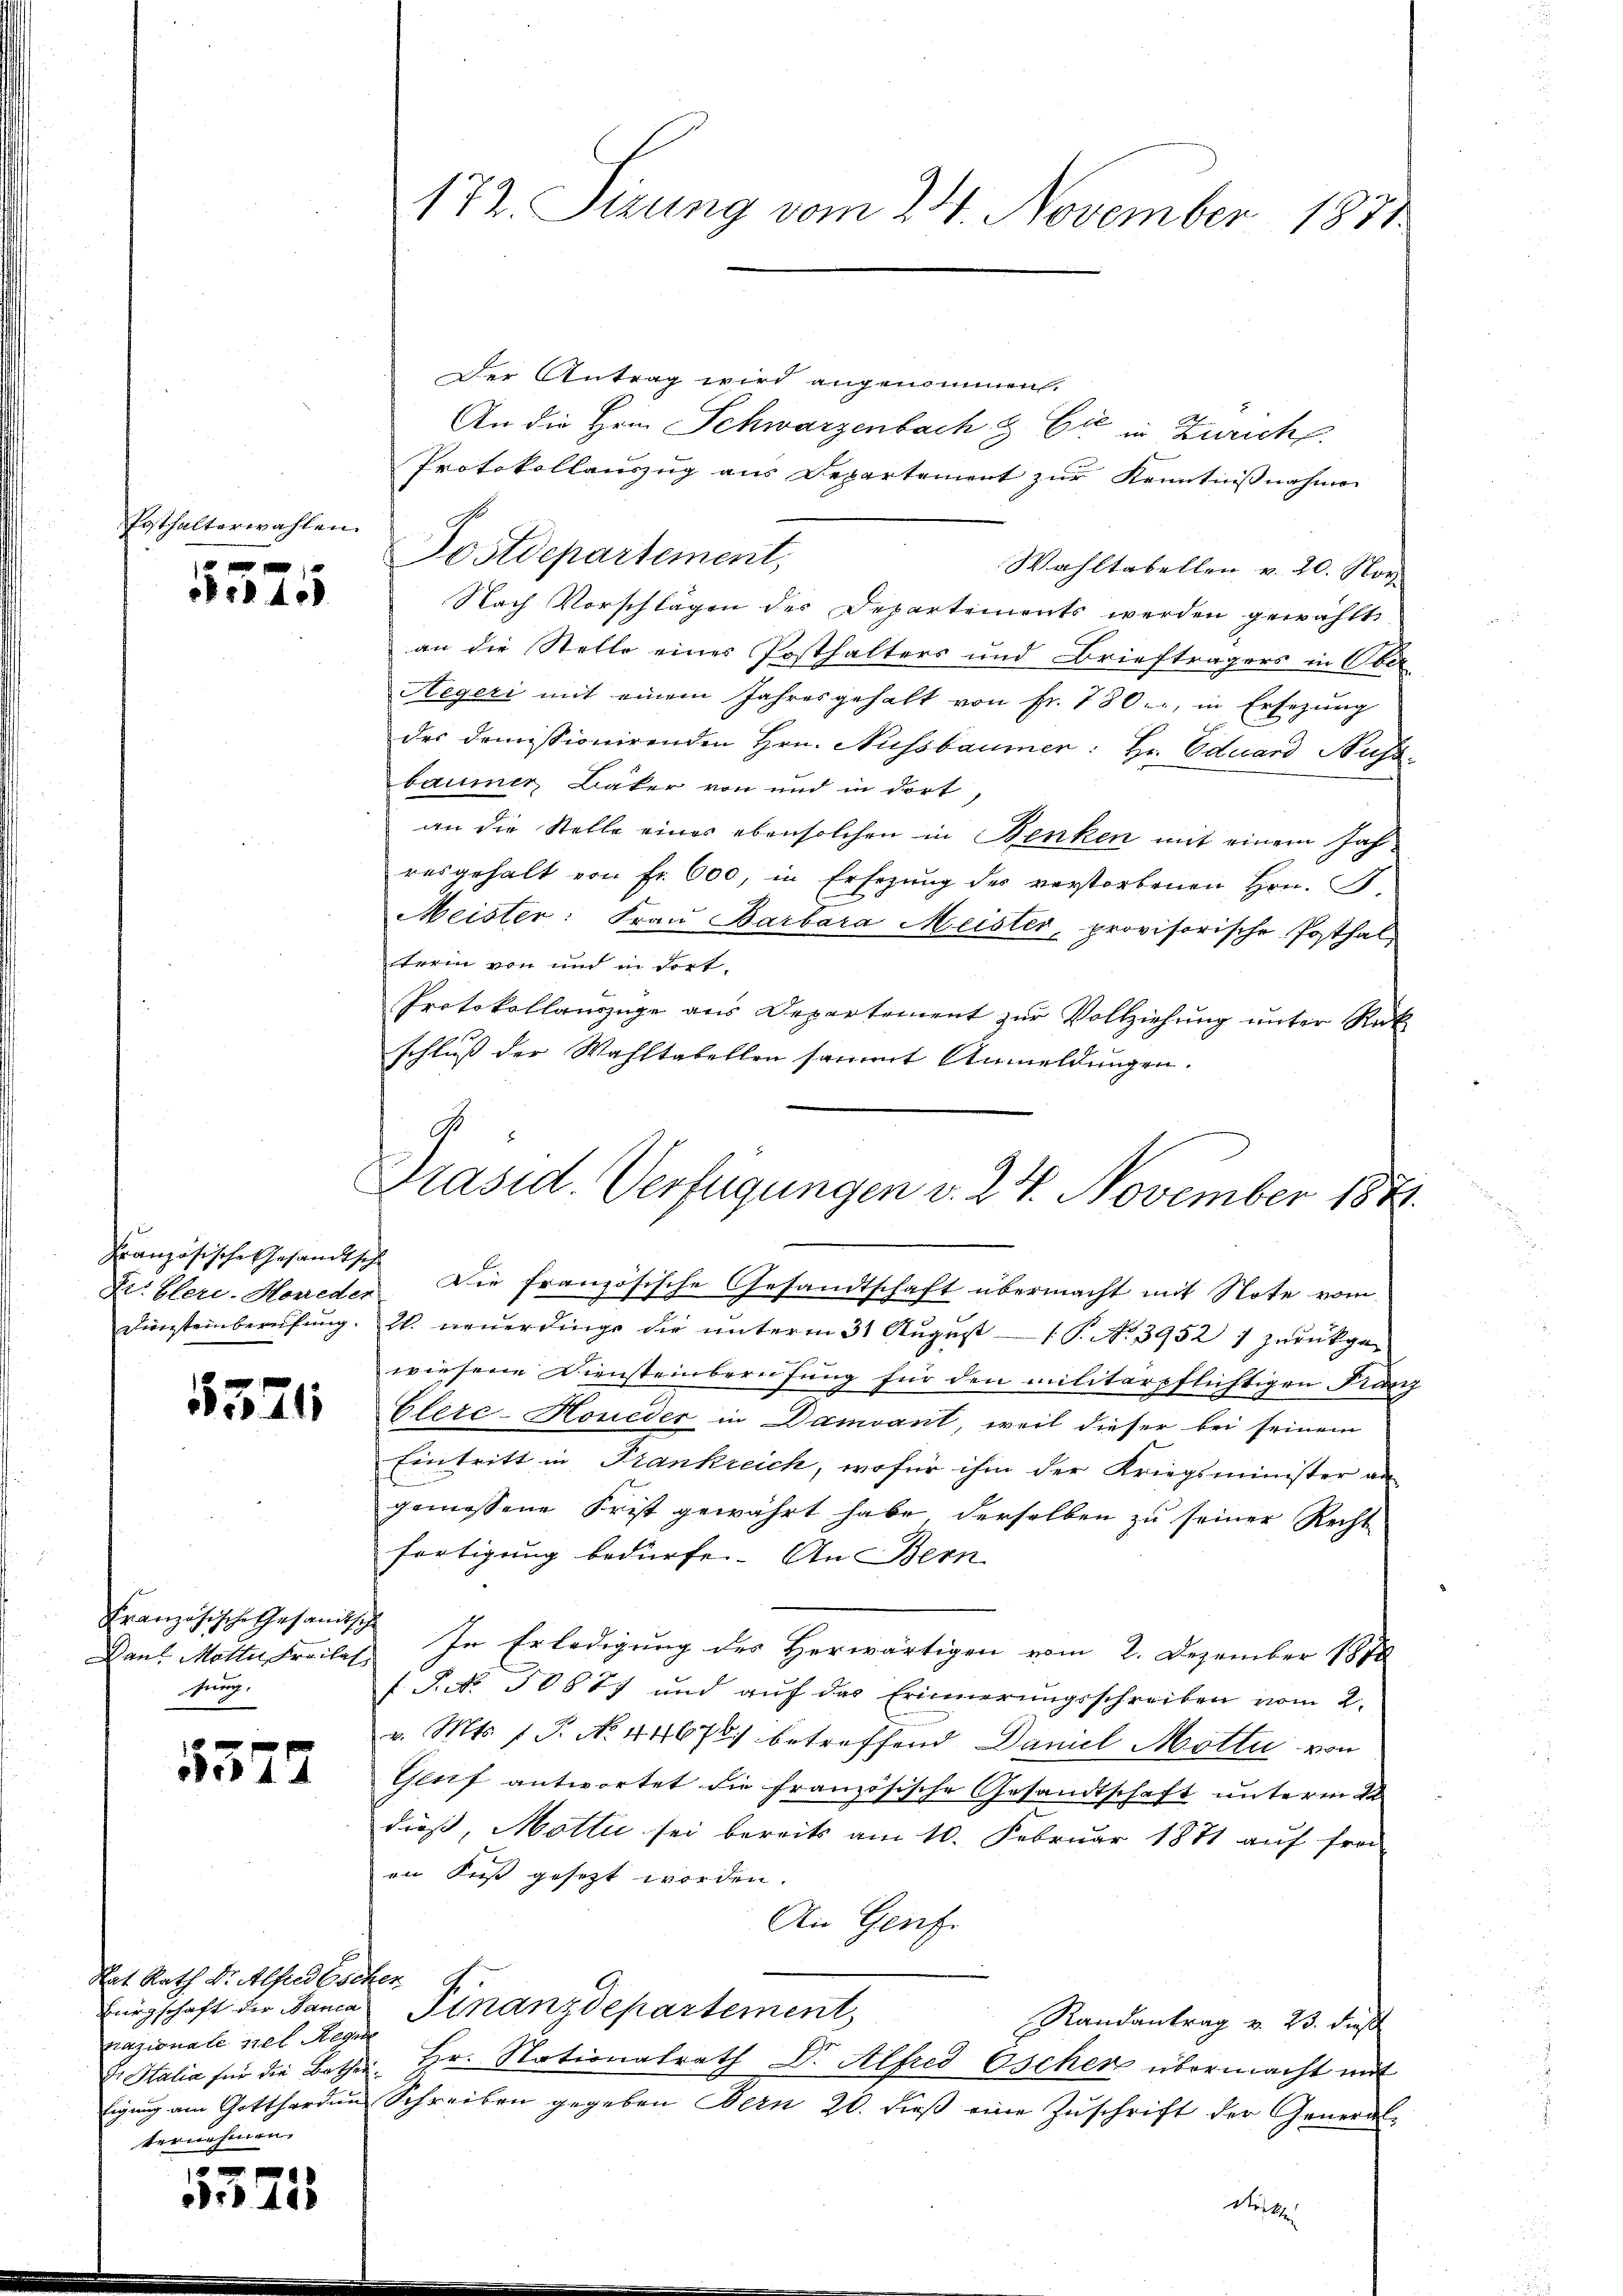
Egthalterwahlen.
 xx

Pil 4.

Französische Gesandtse
Dr. Cleri-Howeder
Diensteinberufung.

5521

Französische Gesandtsch
Dan Motin, Freilas
frug

5577

Rat Rath Dr. Alfred Eschen
Bürgschaft der Banca
razionale ses Regen
ternehmen.

3
715

172. Sizung vom 24. November 1831

Der Antrag wird angenommen.
An die Hein Schwarzenbach & Cie in Zürich
Protokollauszug aus Departement zur Kenntnißnahme
Postdepartement,
Wahltabellen v. 20. Nor
Nach Vorschlägen des Departements werden gewählt
an die Stelle eines Posthalters und Briefträgers in Ober
Aegeri mit einem Jahresgehalt von Fr. 780, in Ersezung
des domissionirenden Hrn. Nussbaumer: Hr. Eduard Buss
baumer Bäker von und in dort
an die Stelle eines ebensolchen in Benken mit einem Jahresgehalt von fr. 600, in Ersezung des verstorbenen Hrn. G.
E
Meister: Fraŭ Barbara Meister, provisorische Posthal
terin von und in dort
Protokollauszüge aus Departement zur Vollziehung unter Rück
schluß der Wahltabellen sammt Anmeldungen.
 Die französische Gesandtschaft übermacht mit Note vom
2. neuerdinge die unterm 31 August 1 P. No. 3952 1 zurückgewiesene Diensteinberufung für den militärpflichtigen Franz
Glere-Houeder in Damvant, weil dieser bei seinem
Eintritt in Frankreich, wofür ihm der Kriegsminister an
gemessene Frist gewährt habe, derselben zu seiner Rechte
fortigung bedürfe. An Bern
In Erledigung des Herwärtigen vom 2. Dezember 1872
f. S. No. 50877 und auf das Erinnerungsschreiben vom 2.
v. Mts. 1 P. N. 4467 betreffend Daniel Mottu von
Gleif antwortet die französische Gesandtschaft unterm 22
dieß, Motti sei bereits am 10. Februar 1871 auf fra
en Fuß gesezt worden.
An Genf.
Finanzdepartement
Randantrag v. 23. dieß
 Italia für die Bether Hr. Stationalrath Dr. Alfred Escher übermacht mit
tigŭng am Gottharden Schreiben gegeben Bern 20. dieβ eine Zŭschrift der General-
des

Präsid. Verfügungen v. 24. November 1871.